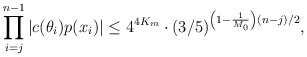
\begin{align*}\prod \limits_{i=j}^{n-1} |c(\theta_i)p(x_i)| \leq 4^{4K_m} \cdot (3/5)^{\left(1 - \frac1{M_0} \right)(n - j)/2},\end{align*}